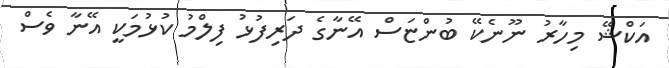
އަކްޝޭ މިހާރު ނޫނެކޭ ބުންޏަސް އޭނާގެ ދަރިފުޅު ފިލްމު ކުޅުމަކީ އޭނާ ވެސް